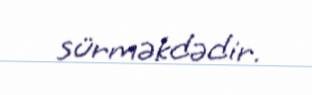
sürməkdədir.